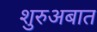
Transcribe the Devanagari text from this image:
शुरुअबात